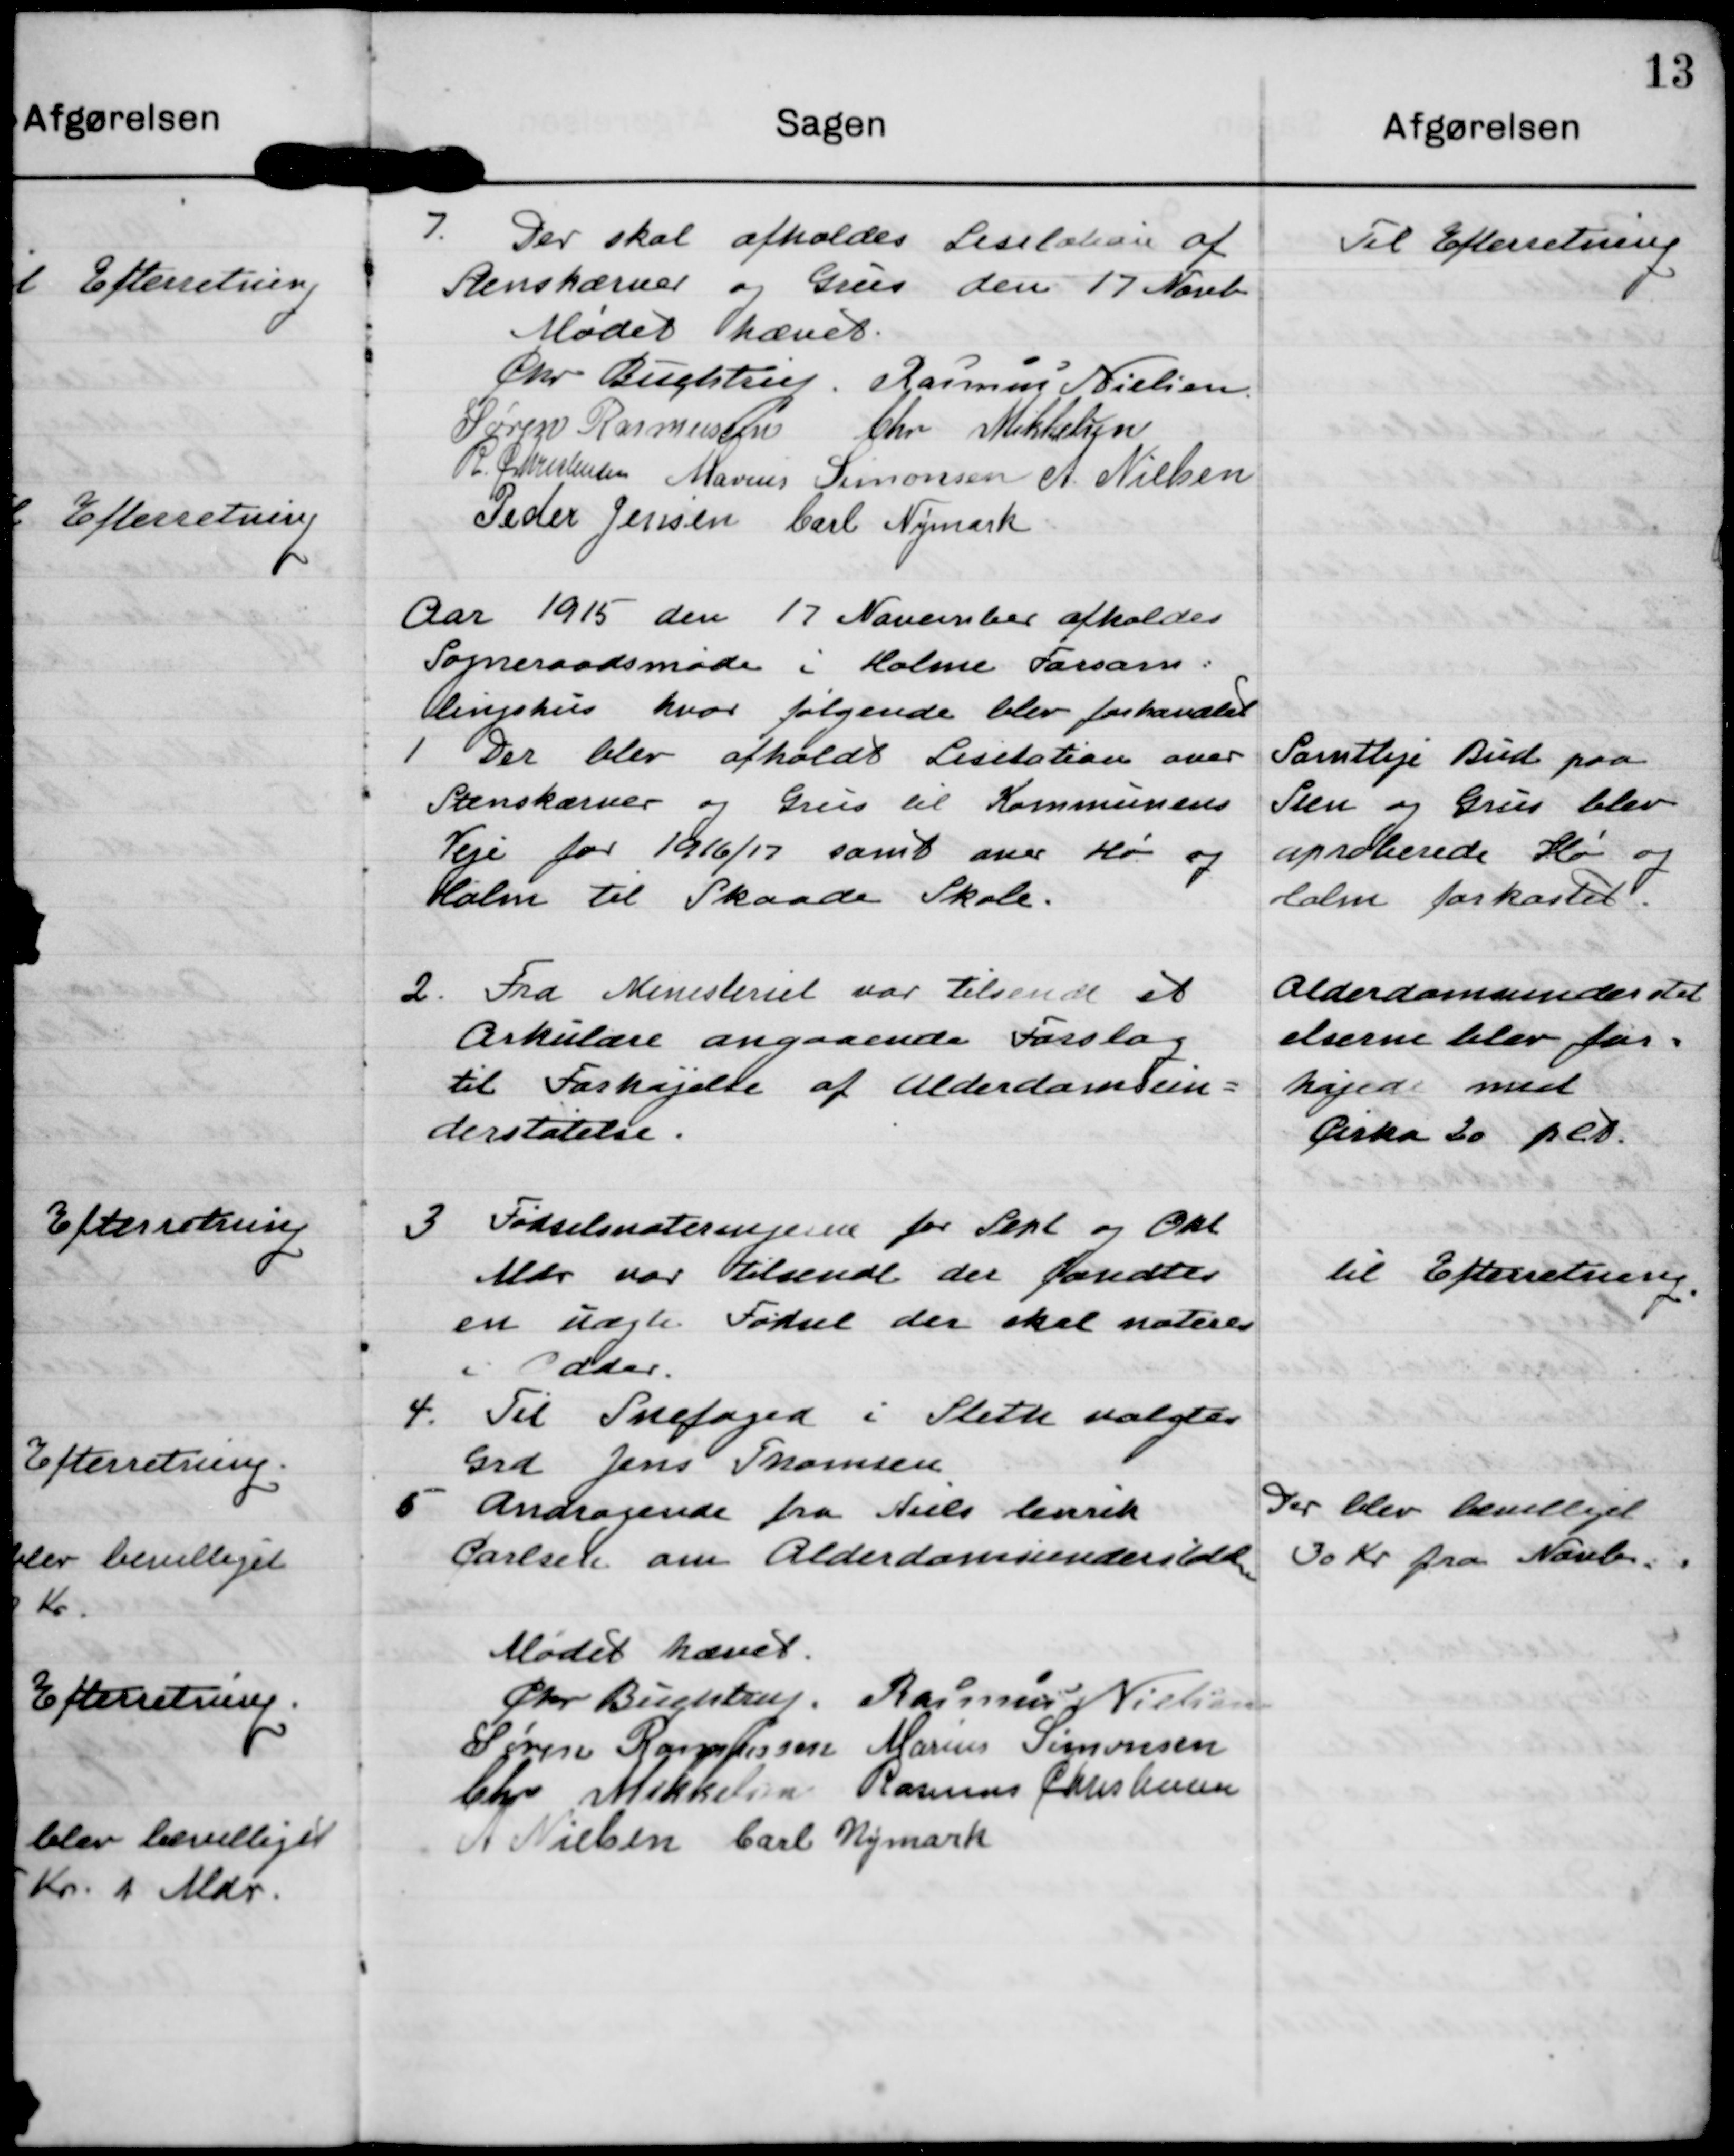
Transskription:
7. Der skal afholdes Lisitation af
Stenskærver og Grus den 17 Novb

Til Efterretning

Mødet hævet.
Chr Buchtrup
Rasmus Nielsen
Søren Rasmussen
Chr Mikkelsen
R Christensen
Marius Simonsen
A Nielsen
Peder Jensen
Carl Nymark

Aar 1915 den 17 November afholdes
Sogneraadsmøde i Holme Forsam =
lingshus hvor følgende blev forhandlet

1 Der blev afholdt Lisitation over
Stenskærver og Grus til Kommunens
Veje for 1916/17 samt over Hø og
Halm til Skaade Skole.

Samtlige Bud paa
Sten og Grus blev
aproberede Hø og
Halm forkastet.

2. Fra Ministeriet var tilsendt et
Cirkulære angaaende Forslag
til Forhøjelse af Alderdomsun=
derstøtelse.

Alderdomsunderstøt
elserne blev for=
højede med
cirka 20 pct.

3. Fødselsnoteringerne for Sept og Okt
Mdr var tilsendt der fandtes
en uægte Fødsel der skal noteres 
i Odder.

til Efterretning.

4. Til Snefoged i Sleth valgtes
Grd Jens Thomsen

5 Andragende fra Niels henrik 
Carlsen om Alderdomsunderstøtelse

Der blev bevilliget
30 Kr fra Novb.

Mødet hævet. 
Chr Buchtrup
Rasmus Nielsen
Søren Rasmussen
Marius Simonsen
Chr Mikkelsen
Rasmus Christensen
A Nielsen
Carl Nymark